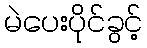
မဲပေးပိုင်ခွင့်